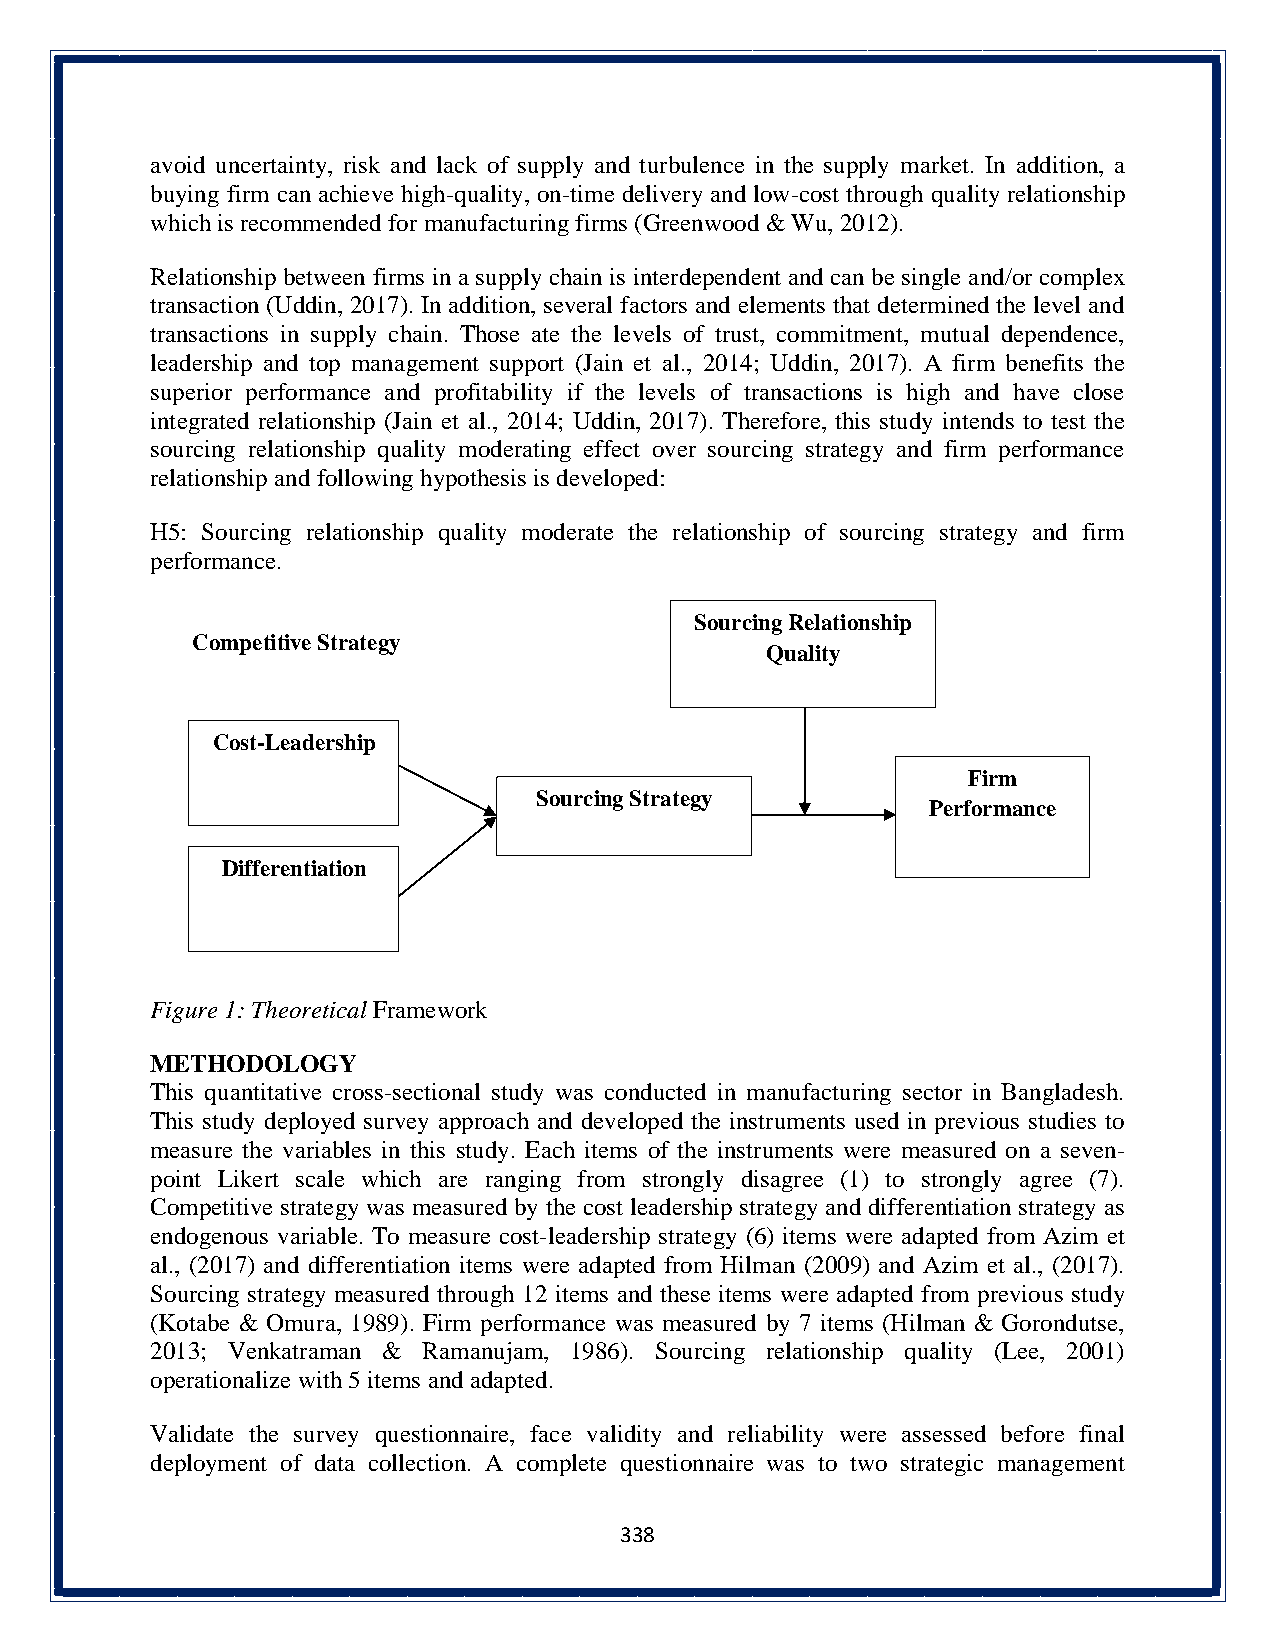
avoid uncertainty, risk and lack of supply and turbulence in the supply market. In addition, a
 buying firm can achieve high-quality, on-time delivery and low-cost through quality relationship
 which is recommended for manufacturing firms (Greenwood & Wu, 2012).
 Relationship between firms in a supply chain is interdependent and can be single and/or complex
 transaction (Uddin, 2017). In addition, several factors and elements that determined the level and
 transactions in supply chain. Those ate the levels of trust, commitment, mutual dependence,
 leadership and top management support (Jain et al., 2014; Uddin, 2017). A firm benefits the
 superior performance and profitability if the levels of transactions is high and have close
 integrated relationship (Jain et al., 2014; Uddin, 2017). Therefore, this study intends to test the
 sourcing relationship quality moderating effect over sourcing strategy and firm performance
 relationship and following hypothesis is developed:
 H5: Sourcing relationship quality moderate the relationship of sourcing strategy and firm
 performance.
 Sourcing Relationship
 Competitive Strategy
 Quality
 Cost-Leadership
 Firm
 Sourcing Strategy
 Performance
 Differentiation
 Figure 1: Theoretical Framework
 METHODOLOGY
 This quantitative cross-sectional study was conducted in manufacturing sector in Bangladesh.
 This study deployed survey approach and developed the instruments used in previous studies to
 measure the variables in this study. Each items of the instruments were measured on a seven-
 point Likert scale which are ranging from strongly disagree (1) to strongly agree (7).
 Competitive strategy was measured by the cost leadership strategy and differentiation strategy as
 endogenous variable. To measure cost-leadership strategy (6) items were adapted from Azim et
 al., (2017) and differentiation items were adapted from Hilman (2009) and Azim et al., (2017).
 Sourcing strategy measured through 12 items and these items were adapted from previous study
 (Kotabe & Omura, 1989). Firm performance was measured by 7 items (Hilman & Gorondutse,
 2013; Venkatraman & Ramanujam, 1986). Sourcing relationship quality (Lee, 2001)
 operationalize with 5 items and adapted.
 Validate the survey questionnaire, face validity and reliability were assessed before final
 deployment of data collection. A complete questionnaire was to two strategic management
 338